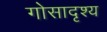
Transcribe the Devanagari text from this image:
गोसादृश्य